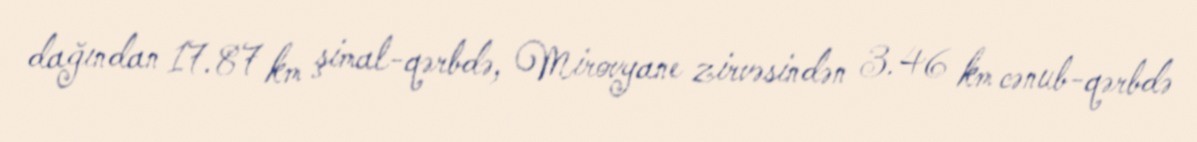
dağından 17.87 km şimal-qərbdə, Mirovyane zirvəsindən 3.46 km cənub-qərbdə